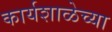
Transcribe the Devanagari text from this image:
कार्यशाळेच्या